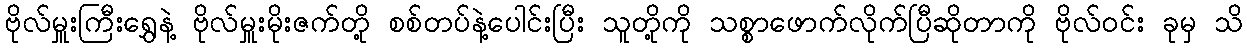
ဗိုလ်မှူးကြီးရွှေနဲ့ ဗိုလ်မှူးမိုးဇက်တို့ စစ်တပ်နဲ့ပေါင်းပြီး သူတို့ကို သစ္စာဖောက်လိုက်ပြီဆိုတာကို ဗိုလ်ဝင်း ခုမှ သိ